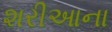
શરીઆના